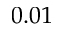
0 . 0 1